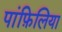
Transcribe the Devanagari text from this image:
पांफ़िलिया